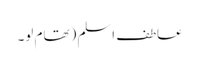
عاطف اسلم (تھام لو۔